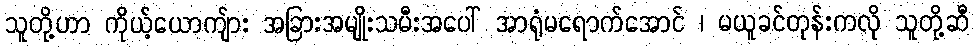
သူတို့ဟာ ကိုယ့်ယောကျ်ား အခြားအမျိုးသမီးအပေါ် အာရုံမရောက်အောင် ၊ မယူခင်တုန်းကလို သူတို့ဆီ